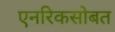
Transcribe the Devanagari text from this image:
एनरिकसोबत